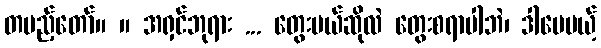
တပည့်တော်။ ။ အရှင်ဘုရား ... တွေးမယ်ဆိုလဲ တွေးစရာပါဘဲ၊ ဒါပေမယ့်